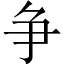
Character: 争